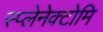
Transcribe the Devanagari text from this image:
स्प्लेनेक्टोमि